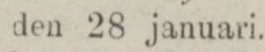
den 28 januari.